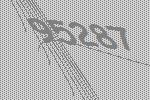
95287